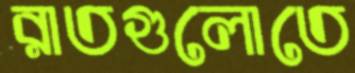
রাতগুলোতে